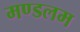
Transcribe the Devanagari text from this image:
मण्डलम